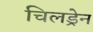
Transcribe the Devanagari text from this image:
चिलड्रेन